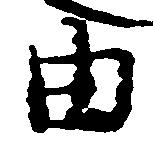
由